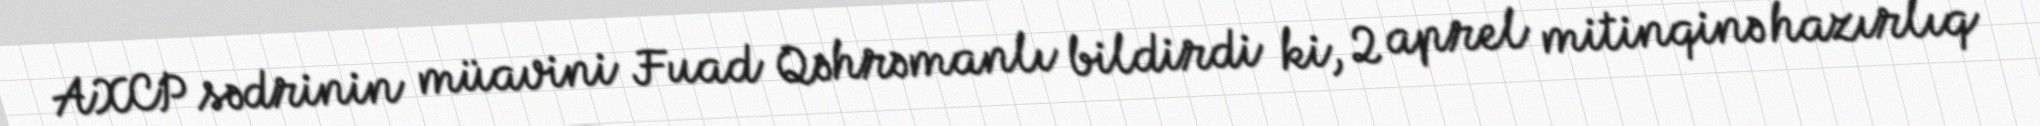
AXCP sədrinin müavini Fuad Qəhrəmanlı bildirdi ki, 2 aprel mitinqinə hazırlıq